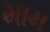
મામ